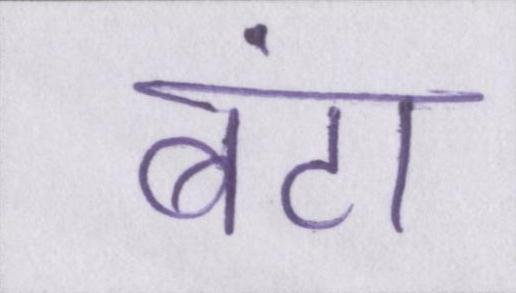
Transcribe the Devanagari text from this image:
बंटा